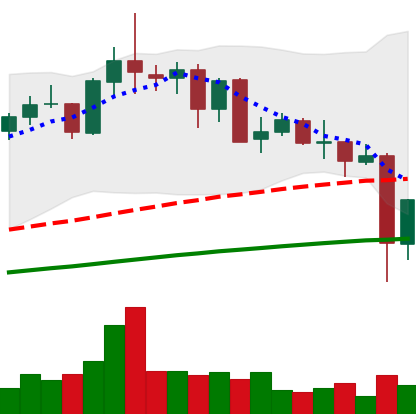
Ticker: NEO-USD
Chart end date: 2021-05-20
Forward return: -21.419%
Label: down_7plus